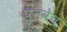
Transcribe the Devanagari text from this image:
पुनवेच